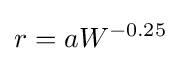
r={aW^{-0.25}}